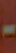
-